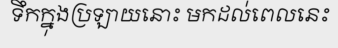
ទឹកក្នុងប្រឡាយនោះ មកដល់ពេលនេះ